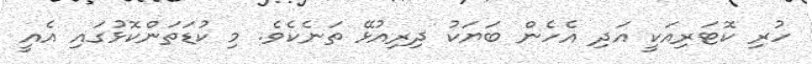
ހުރި ކޮޓަރިއަކީ އަދި އެހެން ބަޔަކު ދިރިއުޅޭ ތަނެކެވެ. މި ކުޑަތަންކޮޅުގައި އެއީ